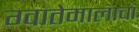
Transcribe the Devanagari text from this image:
ग्वातेमालाचा